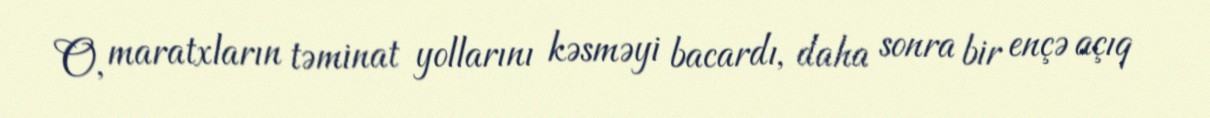
O, maratxların təminat yollarını kəsməyi bacardı, daha sonra bir ençə açıq